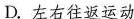
D. 左右往返运动